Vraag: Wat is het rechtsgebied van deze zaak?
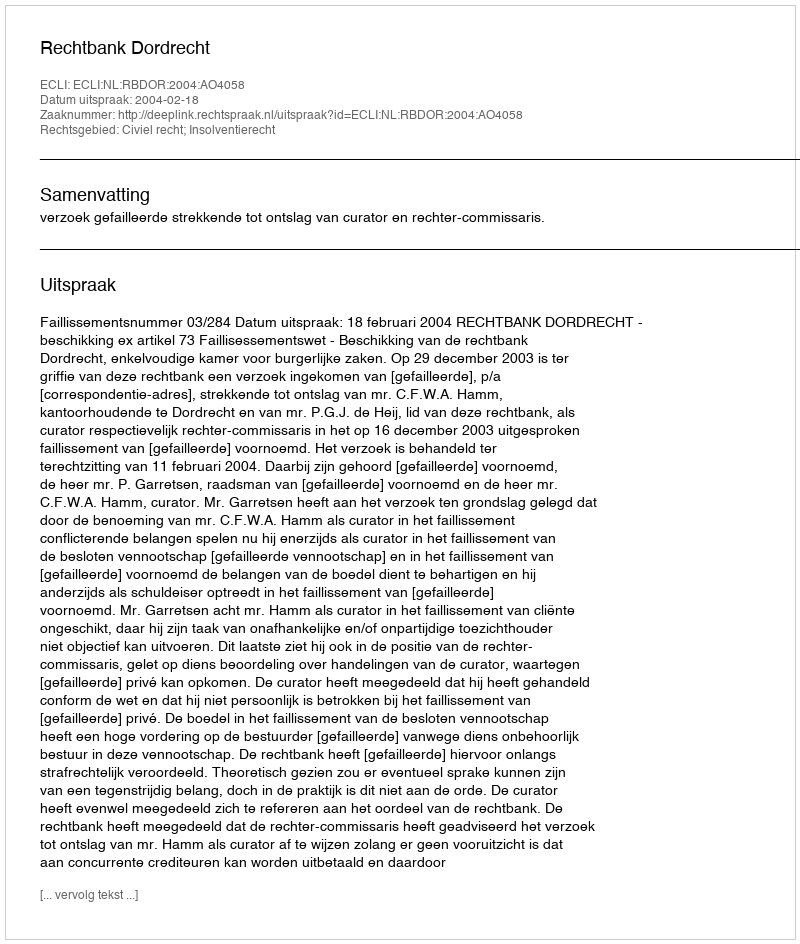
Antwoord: Civiel recht; Insolventierecht